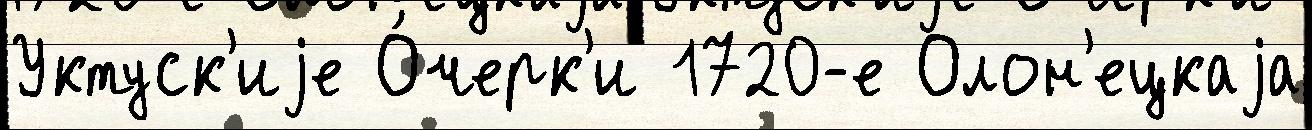
Уктуск'иjе О́черк'и 1720-е Олон'ецкаjа